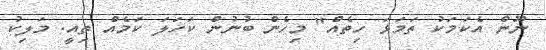
ނޫން އެކަމަކު ތަމަޅަ ހިތެއް" މިހެން ބުނުން ކަހަލަ ކަމެއް ތިއީ. މަލިކު